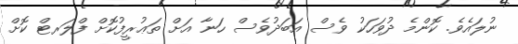
ނުލައެވެ. ކޮންމެ ދުވަހަކު ވެސް އަބަދުވެސް ހަނާ އަށް ތަޢުރީފުކޮށް ފްލަރޓް ކޮށް